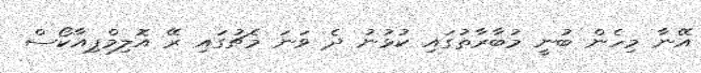
އޭނާ މިހެން ބުނީ މުބާރާތުގައި ކުޅުނު ދެ ވަނަ މެޗުގައި ރޭ އޮލިމްޕިއާކޯސް